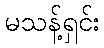
မသန့်ရှင်း